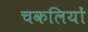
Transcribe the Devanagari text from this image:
चकलियों